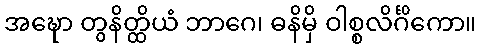
အဍ္ဎော တွနိတ္ထိယံ ဘာဂေ၊ ဓနိမှိ ဝါစ္စလိင်္ဂိကော။